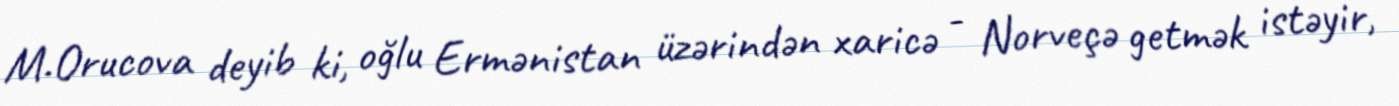
M.Orucova deyib ki, oğlu Ermənistan üzərindən xaricə - Norveçə getmək istəyir,